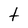
Character: t